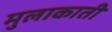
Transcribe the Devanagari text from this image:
मुलाकाती